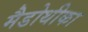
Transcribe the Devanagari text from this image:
मैडोथीका